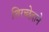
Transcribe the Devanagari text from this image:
शिरच्छेदाने